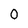
Character: 0